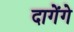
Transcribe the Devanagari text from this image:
दागेंगे